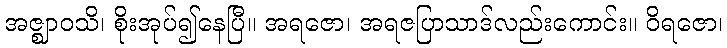
အဇ္ဈာဝသိ၊ စိုးအုပ်၍နေပြီ။ အရဇော၊ အရဇပြာသာဒ်လည်းကောင်း။ ဝိရဇော၊